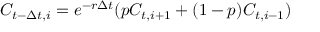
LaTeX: C _ { t - \Delta t , i } = e ^ { - r \Delta t } ( p C _ { t , i + 1 } + ( 1 - p ) C _ { t , i - 1 } )